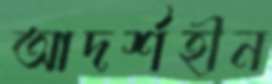
আদর্শহীন